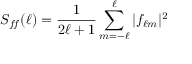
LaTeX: S _ { f \! f } ( \ell ) = { \frac { 1 } { 2 \ell + 1 } } \sum _ { m = - \ell } ^ { \ell } | f _ { \ell m } | ^ { 2 }